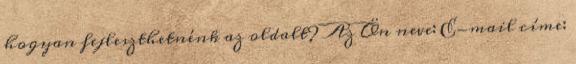
hogyan fejleszthetnénk az oldalt? Az Ön neve: E-mail címe: